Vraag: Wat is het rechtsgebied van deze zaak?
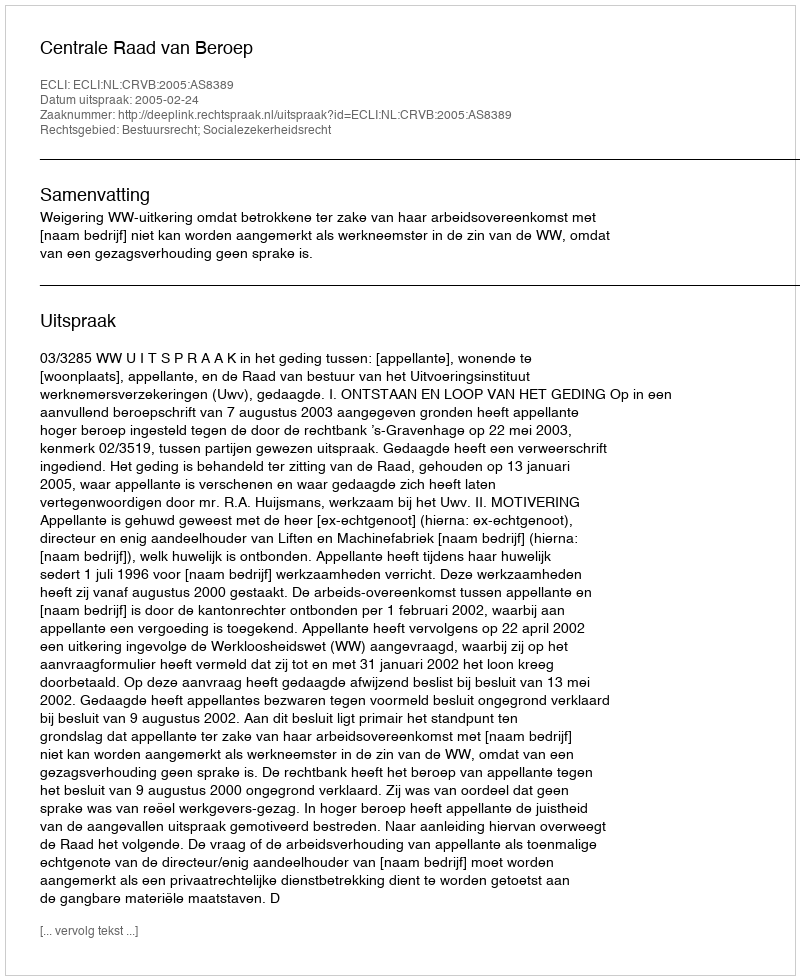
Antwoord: Bestuursrecht; Socialezekerheidsrecht